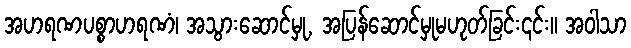
အဟရဏပစ္စာဟရဏံ၊ အသွားဆောင်မှု, အပြန်ဆောင်မှုမဟုတ်ခြင်း၎င်း။ အဝါသာ